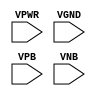
/*
 * Copyright 2020 The SkyWater PDK Authors
 *
 * Licensed under the Apache License, Version 2.0 (the "License");
 * you may not use this file except in compliance with the License.
 * You may obtain a copy of the License at
 *
 *     https://www.apache.org/licenses/LICENSE-2.0
 *
 * Unless required by applicable law or agreed to in writing, software
 * distributed under the License is distributed on an "AS IS" BASIS,
 * WITHOUT WARRANTIES OR CONDITIONS OF ANY KIND, either express or implied.
 * See the License for the specific language governing permissions and
 * limitations under the License.
 *
 * SPDX-License-Identifier: Apache-2.0
*/


`ifndef SKY130_FD_SC_HDLL__TAPVPWRVGND_FUNCTIONAL_PP_V
`define SKY130_FD_SC_HDLL__TAPVPWRVGND_FUNCTIONAL_PP_V

/**
 * tapvpwrvgnd: Substrate and well tap cell.
 *
 * Verilog simulation functional model.
 */

`timescale 1ns / 1ps
`default_nettype none

`celldefine
module sky130_fd_sc_hdll__tapvpwrvgnd (
    VPWR,
    VGND,
    VPB ,
    VNB
);

    // Module ports
    input VPWR;
    input VGND;
    input VPB ;
    input VNB ;
     // No contents.
endmodule
`endcelldefine

`default_nettype wire
`endif  // SKY130_FD_SC_HDLL__TAPVPWRVGND_FUNCTIONAL_PP_V